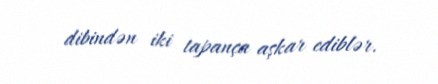
dibindən iki tapança aşkar ediblər.